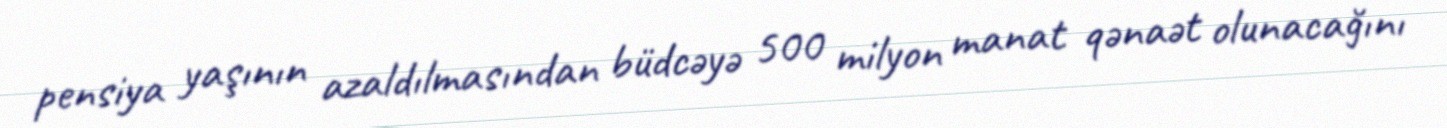
pensiya yaşının azaldılmasından büdcəyə 500 milyon manat qənaət olunacağını